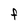
Character: F